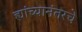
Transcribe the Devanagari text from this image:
ह्यांच्यानंतरचे